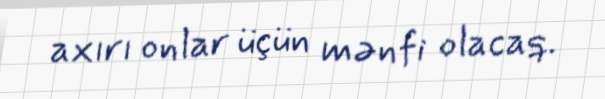
axırı onlar üçün mənfi olacaq.